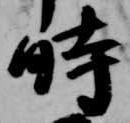
時